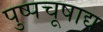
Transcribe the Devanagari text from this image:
पुष्पचूषाद्य